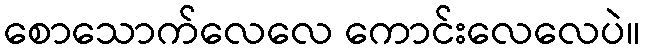
စောသောက်လေလေ ကောင်းလေလေပဲ။